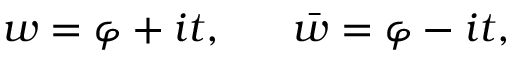
w = \varphi + i t , \ \ \ \ \ \bar { w } = \varphi - i t ,